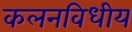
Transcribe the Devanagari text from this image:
कलनविधीय